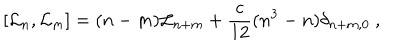
LaTeX: [ { \cal L } _ { n } , { \cal L } _ { m } ] = ( n - m ) { \cal L } _ { n + m } + \frac { c } { 1 2 } ( n ^ { 3 } - n ) \delta _ { n + m , 0 } ~ ,